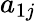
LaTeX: a_{1j}